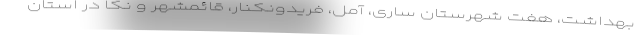
بهداشت، هفت شهرستان ساری، آمل، فریدونکنار، قائمشهر و نکا در استان